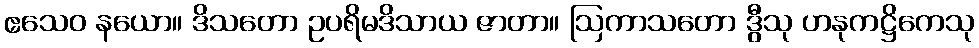
ဧသေဝ နယော။ ဒိသတော ဥပရိမဒိသာယ ဇာတာ။ ဩကာသတော ဒွီသု ဟနုကဋ္ဌိကေသု